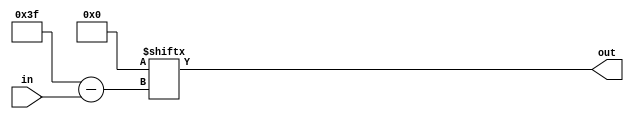
// This is a modified version of the primitive.v of the verilog to routing project:
// https://github.com/verilog-to-routing/vtr-verilog-to-routing.
// Therefore this file is under MIT License.

//Overivew
//========
//This file contains the verilog primitives produced by VPR's
//post-synthesis netlist writer.
//

//K-input Look-Up Table
module LUT_K #(
    //The Look-up Table size (number of inputs)
    parameter K = 6,

    //The lut mask.
    //Left-most (MSB) bit corresponds to all inputs logic one.
    //Defaults to always false.
    parameter [0:2**K-1] LUT_MASK={2**K{1'b0}}
) (
    input [K-1:0] in,
    output out
);

    assign out = LUT_MASK[in];

endmodule

//D-FlipFlop module
module DFF #(
    parameter INITIAL_VALUE=1'b0
) (
    input clock,
    input D,
    output reg Q
);

    initial begin
        Q <= INITIAL_VALUE;
    end

    always@(posedge clock) begin
        Q <= D;
    end
endmodule